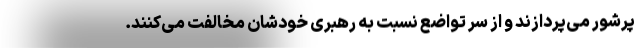
پرشور می‌پردازند و از سر تواضع نسبت به رهبری خودشان مخالفت می‌کنند.